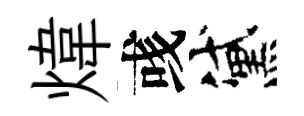
煒彧黛